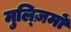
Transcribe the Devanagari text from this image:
मुल्ज़िमों